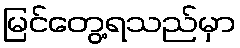
မြင်တွေ့ရသည်မှာ